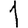
Digit: 1